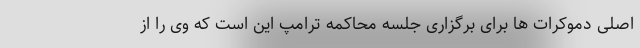
اصلی دموکرات ها برای برگزاری جلسه محاکمه ترامپ این است که وی را از